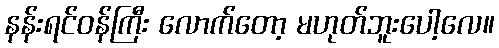
နန်းရင်ဝန်ကြီး လောက်တော့ မဟုတ်ဘူးပေါ့လေ။